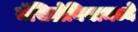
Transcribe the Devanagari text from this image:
मॅसिडोनियामध्ये